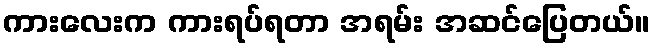
ကားလေးက ကားရပ်ရတာ အရမ်း အဆင်ပြေတယ်။